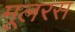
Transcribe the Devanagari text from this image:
मूलरस